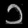
Digit: ၁